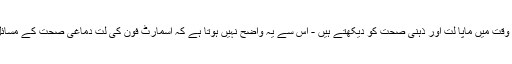
تاہم ، بیشتر مطالعات جو ہم ایک ہی وقت میں ماپا لت اور ذہنی صحت کو دیکھتے ہیں - اس سے یہ واضح نہیں ہوتا ہے کہ اسمارٹ فون کی لت دماغی صحت کے مسائل پیدا کرتی ہے یا اس کے برعکس۔